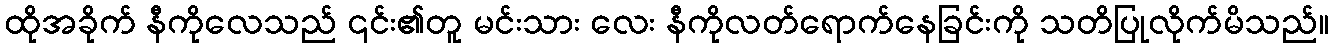
ထိုအခိုက် နီကိုလေသည် ၎င်း၏တူ မင်းသား လေး နီကိုလတ်ရောက်နေခြင်းကို သတိပြုလိုက်မိသည်။